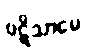
ပဋိသာမေ